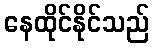
နေထိုင်နိုင်သည်